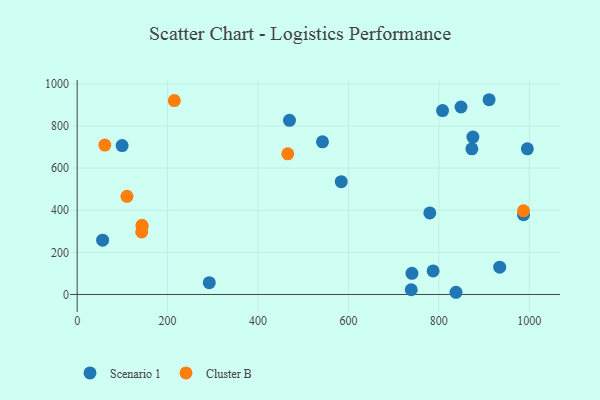
{"axis": {"x": "Distance", "y": "Exam Score"}, "legend": ["Cluster B", "Scenario 1"], "data": [{"x": "837.9", "y": 10.4, "type": "Scenario 1"}, {"x": "740.5", "y": 100.5, "type": "Scenario 1"}, {"x": "584.1", "y": 535.4, "type": "Scenario 1"}, {"x": "849.0", "y": 890.1, "type": "Scenario 1"}, {"x": "469.6", "y": 826.8, "type": "Scenario 1"}, {"x": "292.2", "y": 56.1, "type": "Scenario 1"}, {"x": "738.9", "y": 22.5, "type": "Scenario 1"}, {"x": "911.1", "y": 924.6, "type": "Scenario 1"}, {"x": "780.0", "y": 387.3, "type": "Scenario 1"}, {"x": "99.4", "y": 707.1, "type": "Scenario 1"}, {"x": "873.0", "y": 691.3, "type": "Scenario 1"}, {"x": "542.6", "y": 724.9, "type": "Scenario 1"}, {"x": "56.3", "y": 257.8, "type": "Scenario 1"}, {"x": "995.8", "y": 691.4, "type": "Scenario 1"}, {"x": "987.3", "y": 378.4, "type": "Scenario 1"}, {"x": "808.2", "y": 872.9, "type": "Scenario 1"}, {"x": "934.6", "y": 129.4, "type": "Scenario 1"}, {"x": "787.3", "y": 111.9, "type": "Scenario 1"}, {"x": "875.3", "y": 747.1, "type": "Scenario 1"}, {"x": "143.4", "y": 328.2, "type": "Cluster B"}, {"x": "110.2", "y": 465.8, "type": "Cluster B"}, {"x": "142.7", "y": 296.9, "type": "Cluster B"}, {"x": "61.2", "y": 709.3, "type": "Cluster B"}, {"x": "987.3", "y": 396.9, "type": "Cluster B"}, {"x": "465.8", "y": 667.7, "type": "Cluster B"}, {"x": "214.8", "y": 920.4, "type": "Cluster B"}, {"x": "143.8", "y": 322.0, "type": "Cluster B"}]}